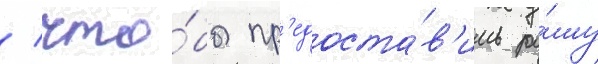
/ что́бы пр'едоста́в'ить ра́шу